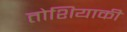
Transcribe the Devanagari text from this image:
तोशियाकी